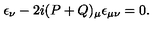
\epsilon _ { \nu } - 2 i ( P + Q ) _ { \mu } \epsilon _ { \mu \nu } = 0 .